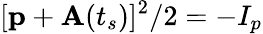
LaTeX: [\textbf{p}+\textbf{A}(t_{s})]^{2}/2=-I_{p}